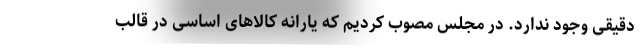
دقیقی وجود ندارد. در مجلس مصوب کردیم که یارانه کالاهای اساسی در قالب